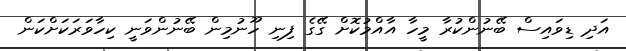
އަދި ޑިވައިސް ބޭނުންކުރާ މީހާ އާއްމުކޮށް ގޭގެ ފިނި ހޫނުމިން ބޭނުންވަނީ ކިހާވަރަކަށްކަން